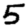
Digit: 5